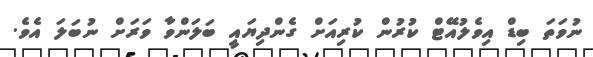
ނުވަތަ ބިޑް އިވެލުއޭޓް ކުރުން ކުރިއަށް ގެންދިޔައީ ބަލަންވާ ވަރަށް ނުބަލަ އެވެ.